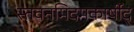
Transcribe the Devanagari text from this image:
स्तवनमिदमकार्षीद्